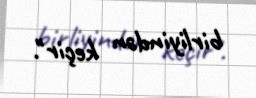
birliyindən keçir".